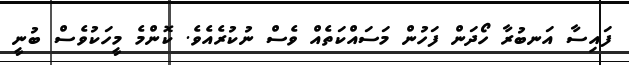
ފައިސާ އަނބުރާ ހޯދަން ފަހުން މަސައްކަތެއް ވެސް ނުކުރެއެވެ. ކޮންމެ މީހަކުވެސް ބުނީ